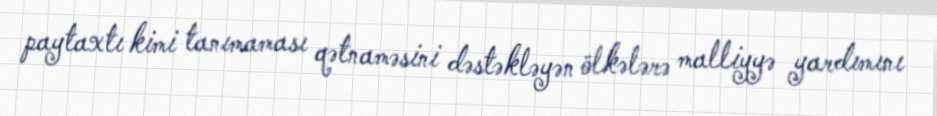
paytaxtı kimi tanımaması qətnaməsini dəstəkləyən ölkələrə malliyyə yardımını